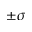
\pm \sigma